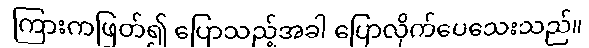
ကြားကဖြတ်၍ ပြောသည့်အခါ ပြောလိုက်ပေသေးသည်။